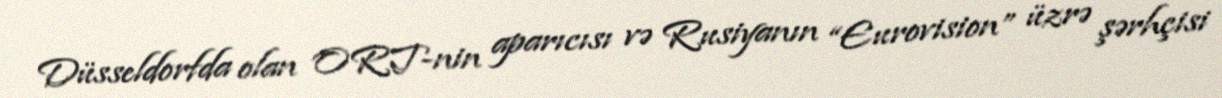
Düsseldorfda olan ORT-nin aparıcısı və Rusiyanın “Eurovision” üzrə şərhçisi